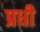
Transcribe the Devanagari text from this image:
प्रधी